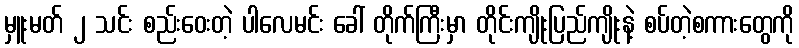
မှူးမတ် ၂ သင်း စည်းဝေးတဲ့ ပါလေမင်း ခေါ် တိုက်ကြီးမှာ တိုင်းကျိုးပြည်ကျိုးနဲ့ စပ်တဲ့စကားတွေကို